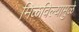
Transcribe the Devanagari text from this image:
मिळविल्यामुळे